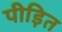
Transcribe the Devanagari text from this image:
पीड़ित